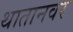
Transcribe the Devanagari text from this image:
थातानवर